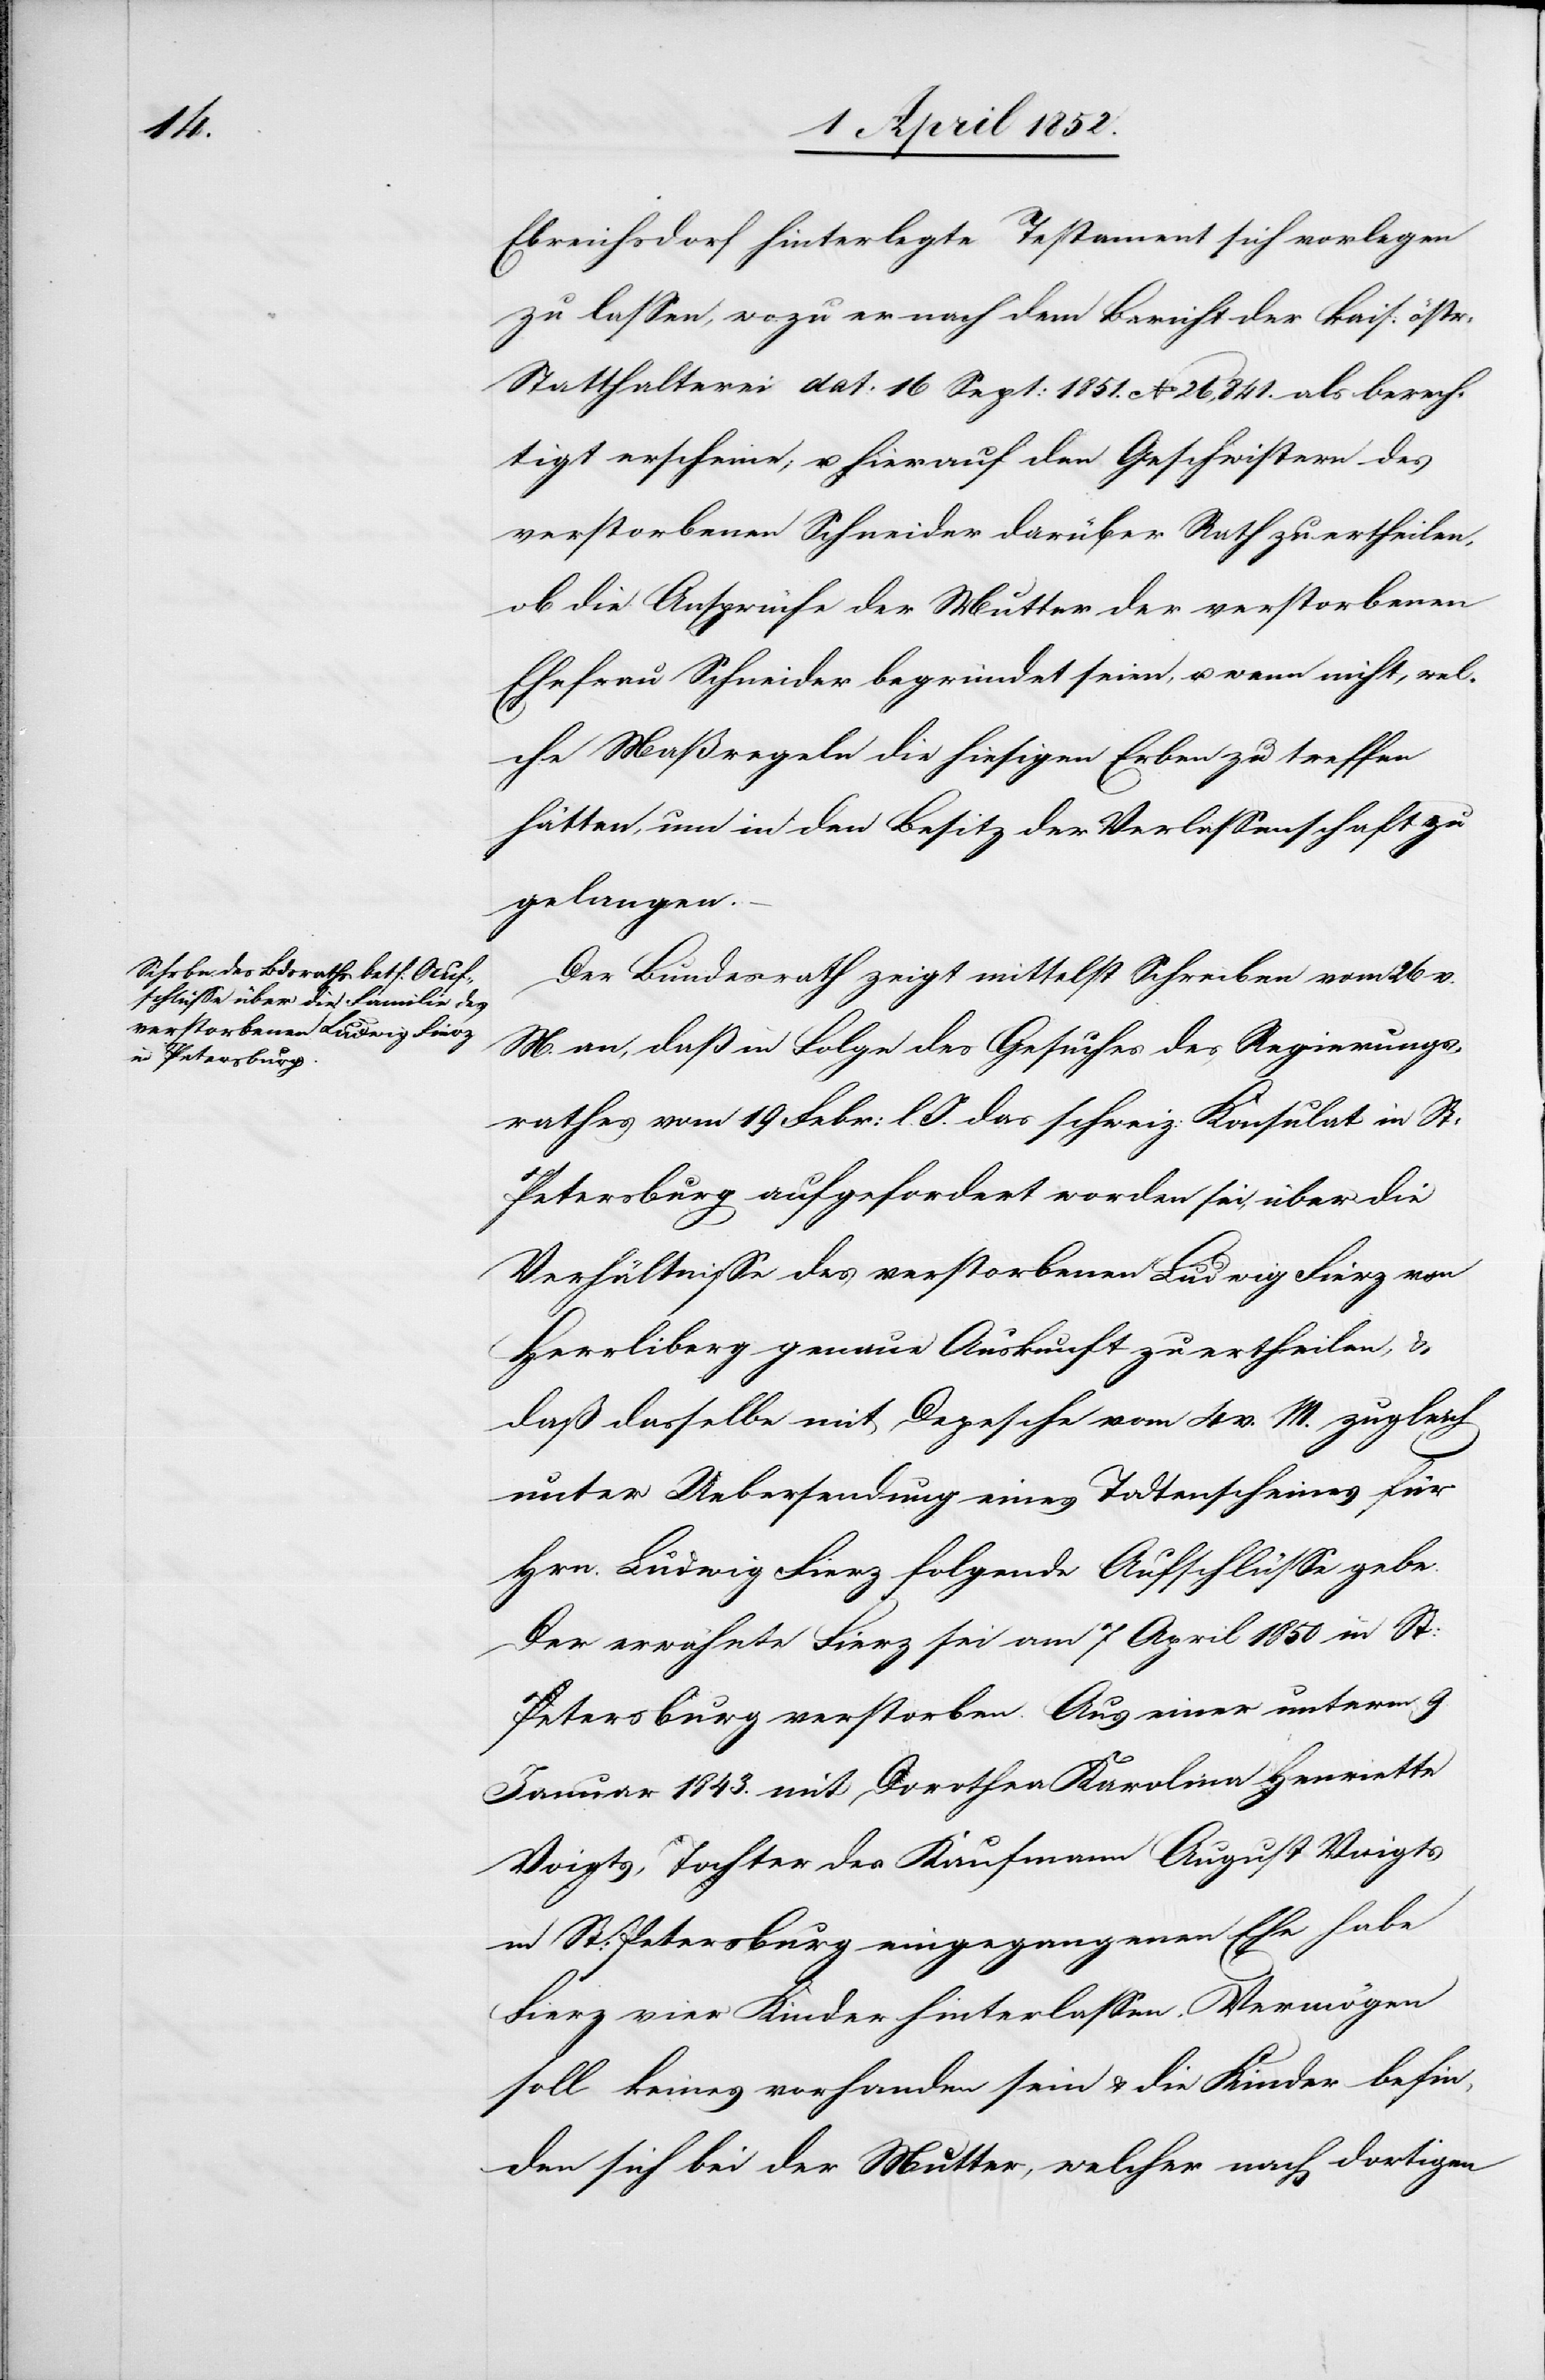
Ebreichsdorf hinterlegte Testament sich vorlegen
zu lassen, wozu er nach dem Bericht der kais: östr:
Statthalterei dat: 16 Sept: 1851. No 26,841. als berech¬
tigt erscheine; u. hierauf den Geschwistern des
verstorbenen Schneider darüber Rath zu ertheilen,
ob die Ansprüche der Mutter der verstorbenen
Ehefrau Schneider begründet seien, u. wenn nicht, wel¬
che Maßregeln die hiesigen Erben zu treffen
hätten, um in den Besitz der Verlassenschaft zu
gelangen.
Der Bundesrath zeigt mittelst Schreiben vom 26 v.
M. an, daß in Folge des Gesuches des Regierungs¬
rathes vom 19 Febr: l. J. das schweiz: Konsulat in St.
Petersburg aufgefordert worden sei, über die
Verhältnisse des verstorbenen Ludwig Fierz von
Herrliberg genaue Auskunft zu ertheilen, &
daß dasselbe mit Depesche vom 4 v. M. zugleich
unter Uebersendung eines Todtenscheines für
Hrn. Ludwig Fierz folgende Aufschlüsse gebe:
Der erwähnte Fierz sei am 7 April 1850 in St:
Petersburg verstorben. Aus einer unterm 9.
Januar 1843. mit Dorothea Karolina Henriette
Voigts, Tochter des Kaufmann August Voigts
in St: Petersburg eingegangenen Ehe habe
Fierz vier Kinder hinterlassen. Vermögen
soll keines vorhanden sein & die Kinder befin¬
den sich bei der Mutter, welcher nach dortigen